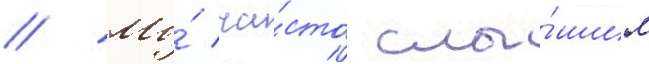
// Мы́ ча́сто слы́шим